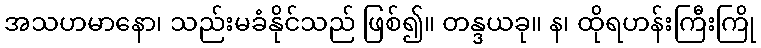
အသဟမာနော၊ သည်းမခံနိုင်သည် ဖြစ်၍။ တန္ဒယခု။ န၊ ထိုရဟန်းကြီးကြို